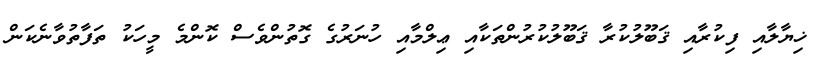
ޚިޔާލާއި ފިކުރާއި ޤަބޫލުކުރާ ޤަބޫލުކުރުންތަކާއި ޢިލްމާއި ހުނަރުގެ ގޮތުންވެސް ކޮންމެ މީހަކު ތަފާތުވާނެކަން